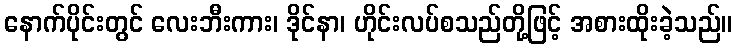
နောက်ပိုင်းတွင် လေးဘီးကား၊ ဒိုင်နာ၊ ဟိုင်းလပ်စသည်တို့ဖြင့် အစားထိုးခဲ့သည်။